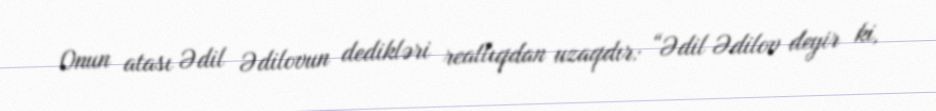
Onun atası Ədil Ədilovun dedikləri reallıqdan uzaqdır: “Ədil Ədilov deyir ki,